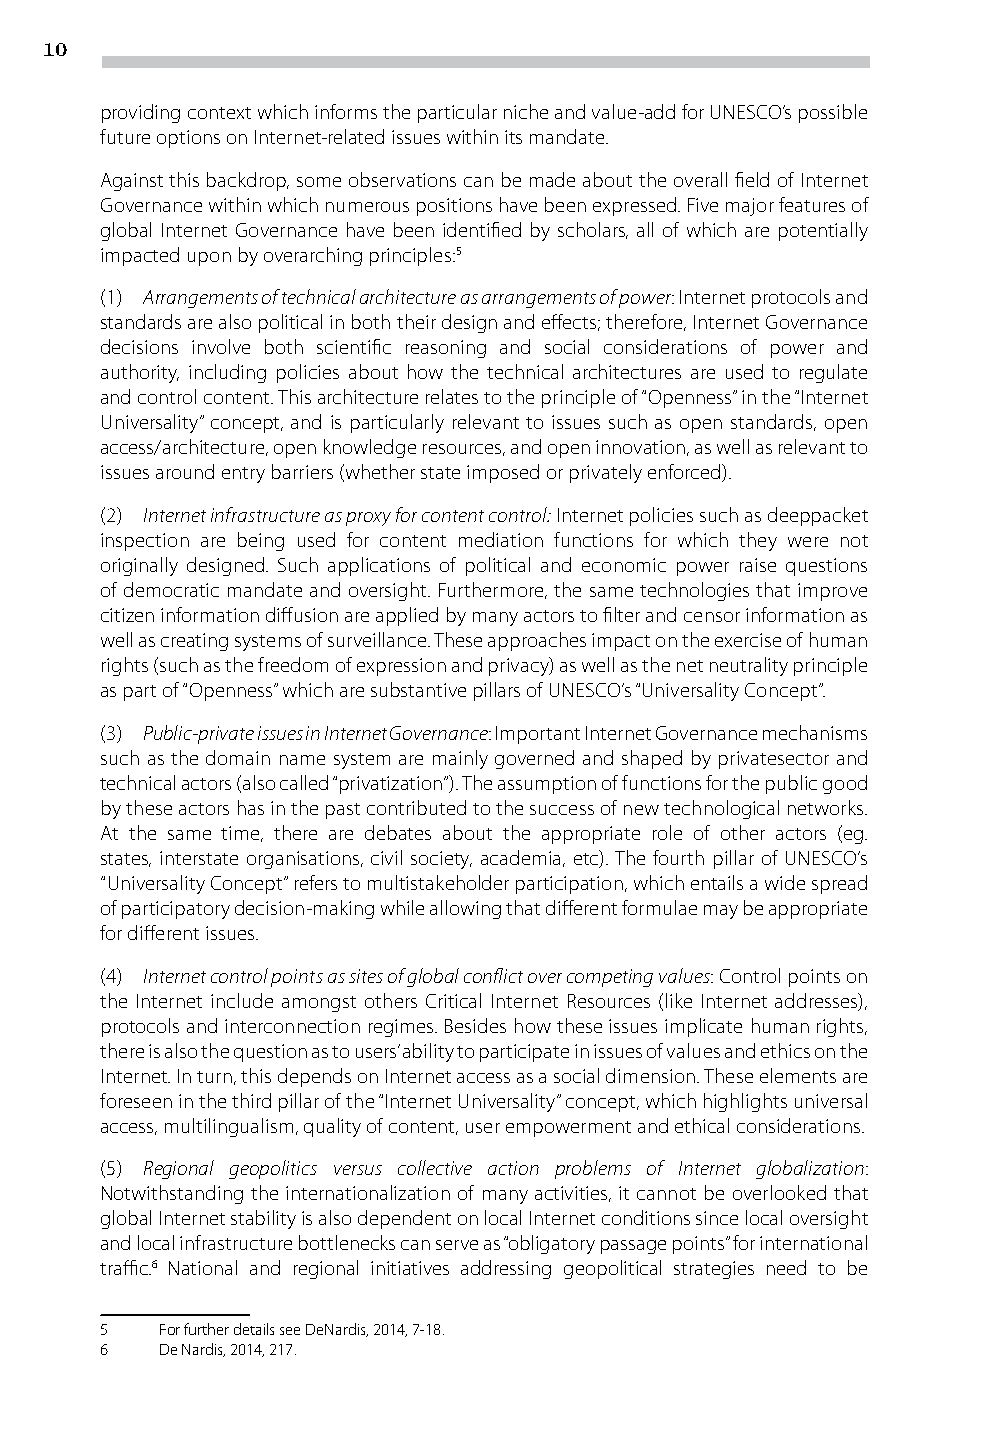
10
 providing context which informs the particular niche and value-add for UNESCO’s possible
 future options on Internet-related issues within its mandate.
 Against this backdrop, some observations can be made about the overall field of Internet
 Governance within which numerous positions have been expressed. Five major features of
 global Internet Governance have been identified by scholars, all of which are potentially
 impacted upon by overarching principles:5
 (1) Arrangements of technical architecture as arrangements of power: Internet protocols and
 standards are also political in both their design and effects; therefore, Internet Governance
 decisions involve both scientific reasoning and social considerations of power and
 authority, including policies about how the technical architectures are used to regulate
 and control content. This architecture relates to the principle of “Openness” in the “Internet
 Universality” concept, and is particularly relevant to issues such as open standards, open
 access/architecture, open knowledge resources, and open innovation, as well as relevant to
 issues around entry barriers (whether state imposed or privately enforced).
 (2) Internet infrastructure as proxy for content control: Internet policies such as deeppacket
 inspection are being used for content mediation functions for which they were not
 originally designed. Such applications of political and economic power raise questions
 of democratic mandate and oversight. Furthermore, the same technologies that improve
 citizen information diffusion are applied by many actors to filter and censor information as
 well as creating systems of surveillance. These approaches impact on the exercise of human
 rights (such as the freedom of expression and privacy) as well as the net neutrality principle
 as part of “Openness” which are substantive pillars of UNESCO’s “Universality Concept”.
 (3) Public-private issues in Internet Governance: Important Internet Governance mechanisms
 such as the domain name system are mainly governed and shaped by privatesector and
 technical actors (also called “privatization”). The assumption of functions for the public good
 by these actors has in the past contributed to the success of new technological networks.
 At the same time, there are debates about the appropriate role of other actors (eg.
 states, interstate organisations, civil society, academia, etc). The fourth pillar of UNESCO’s
 “Universality Concept” refers to multistakeholder participation, which entails a wide spread
 of participatory decision-making while allowing that different formulae may be appropriate
 for different issues.
 (4) Internet control points as sites of global conflict over competing values: Control points on
 the Internet include amongst others Critical Internet Resources (like Internet addresses),
 protocols and interconnection regimes. Besides how these issues implicate human rights,
 there is also the question as to users’ ability to participate in issues of values and ethics on the
 Internet. In turn, this depends on Internet access as a social dimension. These elements are
 foreseen in the third pillar of the “Internet Universality” concept, which highlights universal
 access, multilingualism, quality of content, user empowerment and ethical considerations.
 (5) Regional geopolitics versus collective action problems of Internet globalization:
 Notwithstanding the internationalization of many activities, it cannot be overlooked that
 global Internet stability is also dependent on local Internet conditions since local oversight
 and local infrastructure bottlenecks can serve as “obligatory passage points” for international
 traffic.6 National and regional initiatives addressing geopolitical strategies need to be
 5   For further details see DeNardis, 2014, 7-18.
 6   De Nardis, 2014, 217.